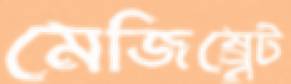
মেজিষ্র্বেট